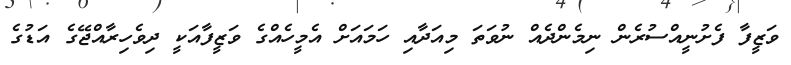
ވަޒީފާ ފެށުނީއްސުރެން ނިމެންދެއް ނުވަތަ މިއަދާއި ހަމައަށް އެމީހެއްގެ ވަޒީފާއަކީ ދިވެހިރާއްޖޭގެ އަޑުގެ